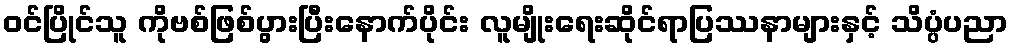
ဝင်ပြိုင်သူ ကိုဗစ်ဖြစ်ပွားပြီးနောက်ပိုင်း လူမျိုးရေးဆိုင်ရာပြဿနာများနှင့် သိပ္ပံပညာ